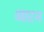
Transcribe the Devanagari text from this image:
आटन